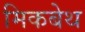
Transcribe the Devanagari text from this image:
मिकबेथ